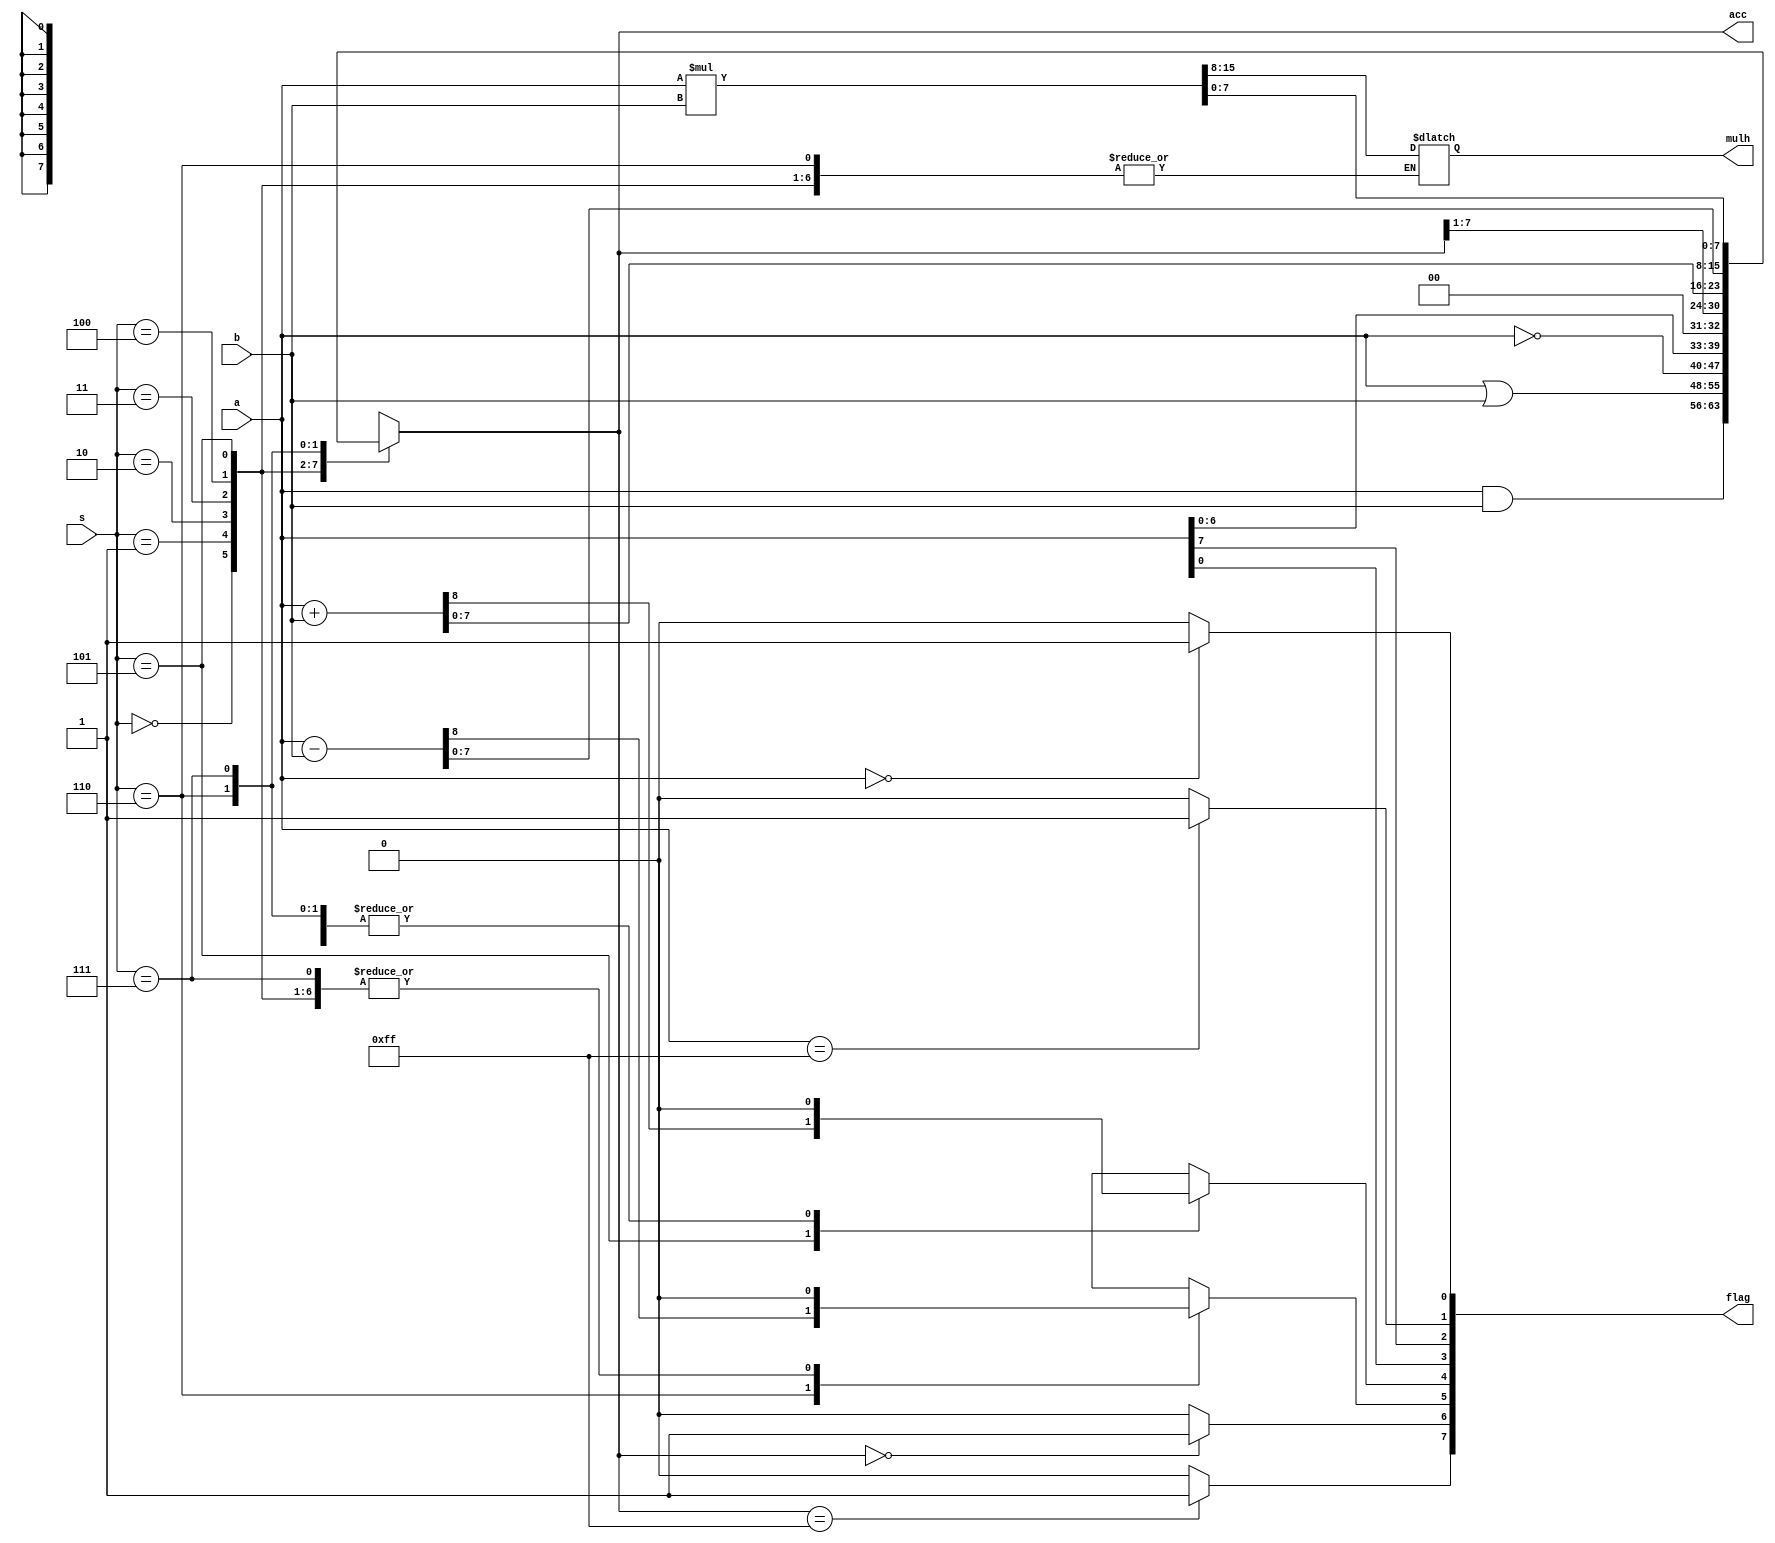
`timescale 1ns / 1ps
//////////////////////////////////////////////////////////////////////////////////
// Company: 
// Engineer: 
// 
// Design Name: 
// Module Name: bit8alu
// Project Name: 
// Target Devices: 
// Tool Versions: 
// Description: 
// 
// Dependencies: 
// 
// Revision:
// Revision 0.01 - File Created
// Additional Comments:
// 
//////////////////////////////////////////////////////////////////////////////////


module bit8alu(a,b,s,acc,mulh,flag);

parameter width = 8,
				w = width - 1;

input [w:0] a;
input [w:0] b;
input [2:0] s;
output reg [w:0] acc;
output reg [w:0] mulh;
output reg [7:0] flag;

always @(*)
begin
    flag = 8'b0;
	case (s)
	3'b000 : acc = a & b;
	3'b001 : acc = a | b;
	3'b010 : acc = ~a;
	3'b011 : acc = a << 1;
	3'b100 : acc = acc >> 1;
	3'b101 : {flag[4] , acc} = a + b;
	3'b110 : {flag[5] , acc} = a - b;
	3'b111 : {mulh , acc} = a * b;
	endcase
	if( a == 8'b00000000)
	begin
		flag[0] = 1'b1;
	end
	else
	begin
		flag[0] = 1'b0;
	end
	if( a == 8'b11111111)
	begin
		flag[1] = 1'b1;
	end
	else
	begin
		flag[1] = 1'b0;
	end
	flag[2] = a[w];
	flag[3] = a[0];
	if( acc == 8'b00000000)
	begin
		flag[6] = 1'b1;
	end
	else
	begin
		flag[6] = 1'b0;
	end
	if( acc == 8'b11111111)
	begin
		flag[7] = 1'b1;
	end
	else
	begin
		flag[7] = 1'b0;
	end
end

endmodule